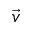
\vec { v }